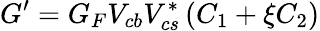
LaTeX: G^{\prime}={G_{F}}V_{cb}V_{cs}^{*}\left(C_{1}+\xi C_{2}\right)